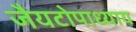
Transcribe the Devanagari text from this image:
जैयटोपाध्याय